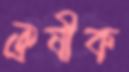
ঐষীক